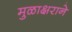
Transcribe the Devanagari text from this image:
मुळाक्षराने